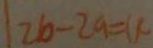
2 b - 2 a = u